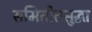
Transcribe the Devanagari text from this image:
समितीतसुद्धा